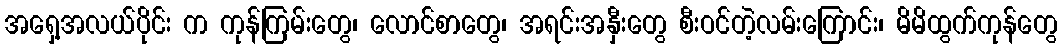
အရှေ့အလယ်ပိုင်း က ကုန်ကြမ်းတွေ၊ လောင်စာတွေ၊ အရင်းအနှီးတွေ စီးဝင်တဲ့လမ်းကြောင်း၊ မိမိထွက်ကုန်တွေ